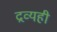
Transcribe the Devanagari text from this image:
द्रव्यही